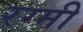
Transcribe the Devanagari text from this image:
रग्मी